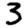
Digit: 3